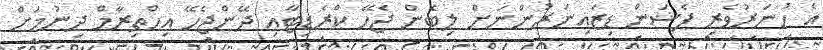
އެ ހުނަރުވެރި ފެޝަން ޑިޒައިނަރުންނަށް ލިބެން ޖެހޭ ކްރެޑިޓާއި ދޭންޖެހޭ އިހްތިރާމް ދިނުމަށް